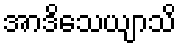
အာဒိသေယျာသိ